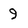
Character: 9